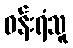
ဝန်းရံသူ